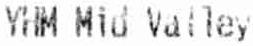
YHM MID VALLEY